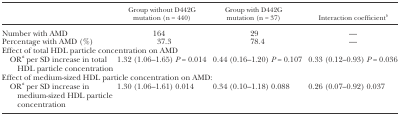
<table><thead><tr><td></td><td><b>Group without D442G mutation (n = 440)</b></td><td><b>Group with D442G mutation (n = 37)</b></td><td><b>Interaction coefficient<i><sup>b</sup></i></b></td></tr></thead><tbody><tr><td>Number with AMD</td><td>164</td><td>29</td><td>—</td></tr><tr><td>Percentage with AMD (%)</td><td>37.3</td><td>78.4</td><td>—</td></tr><tr><td colspan="4">Effect of total HDL particle concentration on AMD</td></tr><tr><td> OR<i><sup>a</sup></i> per SD increase in total HDL particle concentration</td><td>1.32 (1.06–1.65) <i>P</i> = 0.014</td><td>0.44 (0.16–1.20) <i>P</i> = 0.107</td><td>0.33 (0.12–0.93) <i>P</i> = 0.036</td></tr><tr><td colspan="4">Effect of medium-sized HDL particle concentration on AMD:</td></tr><tr><td> OR<i><sup>a</sup></i> per SD increase in medium-sized HDL particle concentration</td><td>1.30 (1.06–1.61) 0.014</td><td>0.34 (0.10–1.18) 0.088</td><td>0.26 (0.07–0.92) 0.037</td></tr></tbody></table>